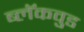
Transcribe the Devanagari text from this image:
ब्लॅकवुड